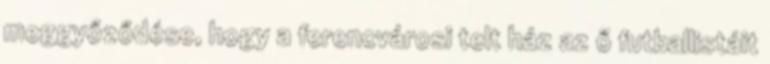
meggyőződése, hogy a ferencvárosi telt ház az ő futballistáit